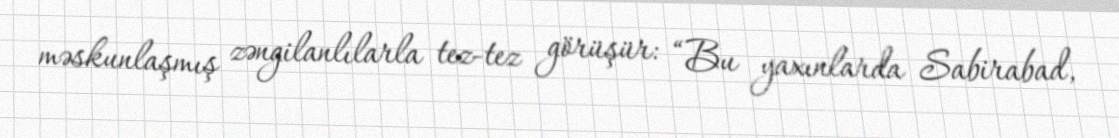
məskunlaşmış zəngilanlılarla tez-tez görüşür: “Bu yaxınlarda Sabirabad,